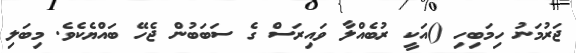
ޖަރުމަނު ހިމަބިހި ()އަކީ ރުބެއްލާ ވައިރަސް ގެ ސަބަބުން ޖެހޭ ބައްޔެކެވެ. މިބަލި